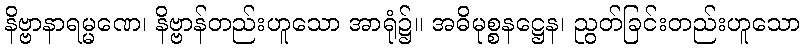
နိဗ္ဗာနာရမ္မဏေ၊ နိဗ္ဗာန်တည်းဟူသော အာရုံ၌။ အဓိမုစ္စနဋ္ဌေန၊ ညွတ်ခြင်းတည်းဟူသော